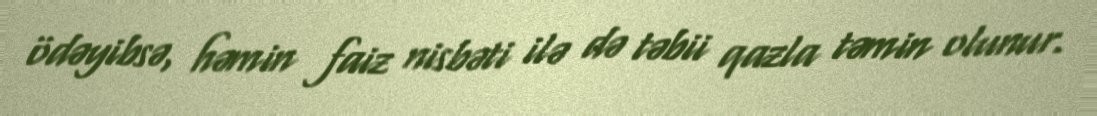
ödəyibsə, həmin faiz nisbəti ilə də təbii qazla təmin olunur.